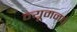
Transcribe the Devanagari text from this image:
न्यूमनचे